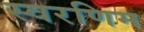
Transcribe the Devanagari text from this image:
स्वरणिम